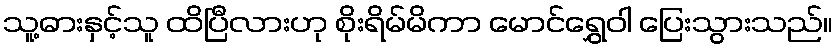
သူ့ဓားနှင့်သူ ထိပြီလားဟု စိုးရိမ်မိကာ မောင်ရွှေဝါ ပြေးသွားသည်။